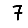
Digit: 7